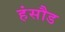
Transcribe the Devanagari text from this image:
हंसौड